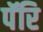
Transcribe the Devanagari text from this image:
पॅरि